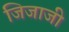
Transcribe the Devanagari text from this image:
जिजाजी